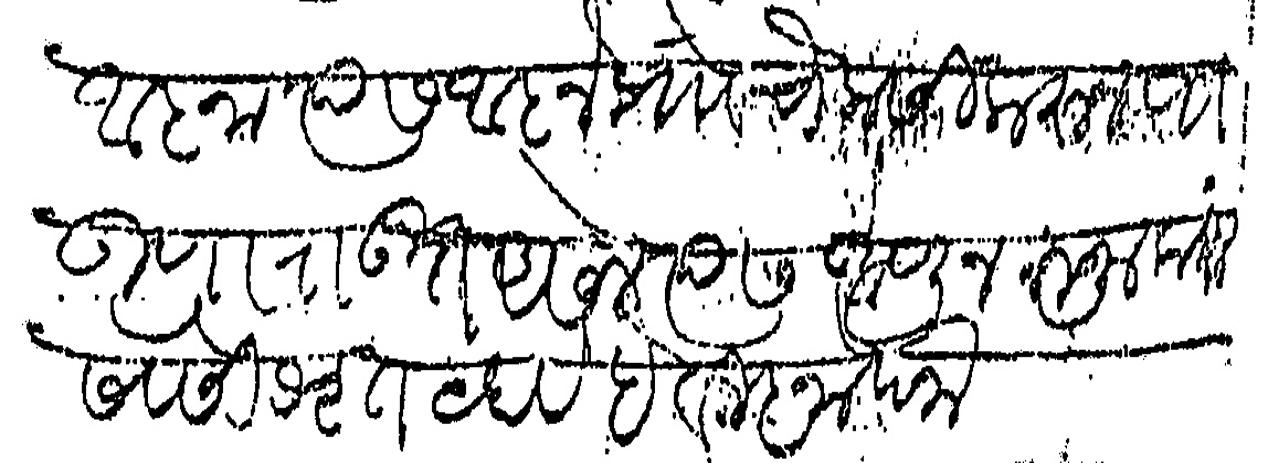
Transliteration (Devanagari): पाहुणा राऊत असेल त्यास आणून रुजू करावा सेवेसी श्रृत व्हावे हे विज्ञापना